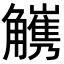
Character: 𧥅